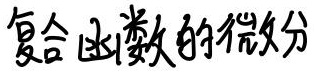
复合函数的微分